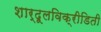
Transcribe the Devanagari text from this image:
शार्दूलविक्रीडिती